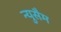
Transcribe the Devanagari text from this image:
न्युसैम